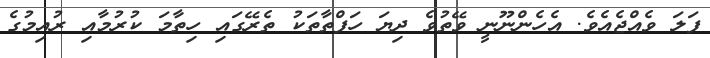
ފަލަ ވެއްޖެއެވެ. އެހެންނޫނީ ވޭތުވެ ދިޔަ ހަފްތާތަކު ތެރޭގައި ހިތާމަ ކުރުމާއި ރުއިމުގެ